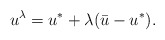
\begin{align*} u^\lambda = u^* + \lambda (\bar{u} - u^*).\end{align*}